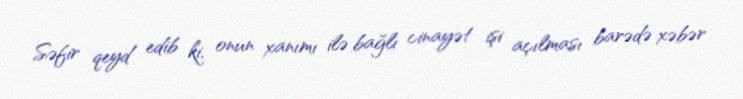
Səfir qeyd edib ki, onun xanımı ilə bağlı cinayət işi açılması barədə xəbər